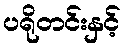
ပရိုတင်းနှင့်